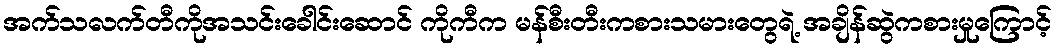
အက်သလက်တီကိုအသင်းခေါင်းဆောင် ကိုကီက မန်စီးတီးကစားသမားတွေရဲ့ အချိန်ဆွဲကစားမှုကြောင့်